Report on sanitation, dispensaries, and jails in Rajputana for 1912, and on vaccination for the year 1912-1913 - 1912-1913
Year: 1912
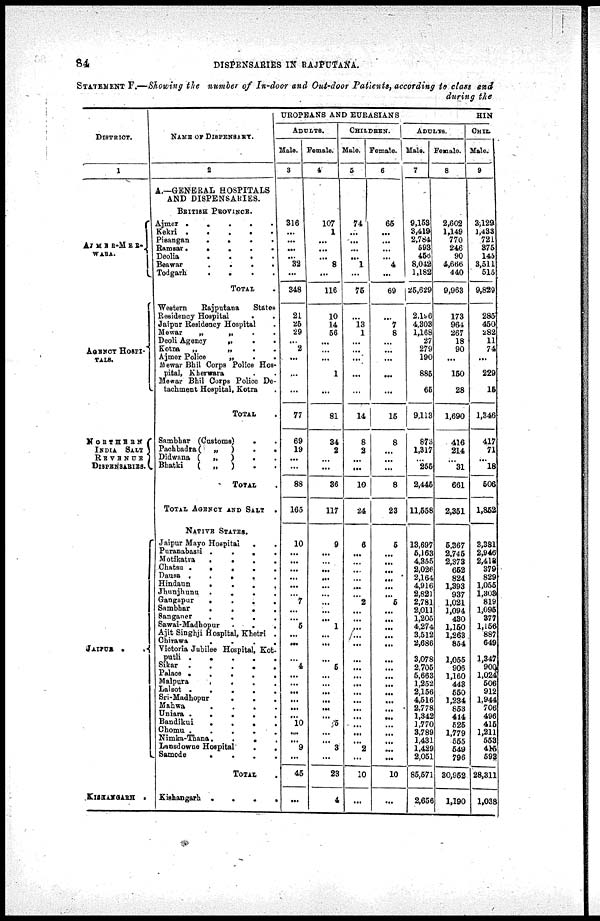
84
DISPENSARIES IN RAJPUTANA.
STATEMENT F.—Showing the number of In-door and Out-door Patients, according to class and
during the
DISTRICT.
1
AJMER-MER¬
WARA.
AGENCY HOSPI¬
TALS.
NORTHERN
INDIA SALT
REVENUE
DISPENSARIES.
JAIPUR .
.
KISHANGARH .
NAME OF DISPENSARY.
2
A.—GENERAL HOSPITALS
AND DISPENSARIES.
BRITISH PROVINCE.
Ajmer . . . . .
Kekri . . . . .
Pisangan
.
.
.
.
Ramsar . . . . .
Deolia . . . .
Beawar . . . .
Todgarh
.
.
.
.
TOTAL .
Western
Rajpntana
States
Residency Hospital . .
Jaipur Residency Hospital .
Mewar
„
„
.
.
Deoli Agency
„
. .
Kotra
„
„
.
.
Ajmer Police
„
.
.
Mewar Bhil Corps Police Hos-
pital, Kherwara . .
Mewar Bhil Corps Police De-
tachment Hospital, Kotra .
TOTAL .
Sambhar (Customs)
.
.
Pachbadra(
„
)
.
.
Didwana (
„
) . .
Bhatki
( „ ) . .
TOTAL .
TOTAL AGENCY AND SALT
.
NATIVE STATES.
Jaipur Mayo Hospital . .
Puranabasti .
.
.
.
Motikatra
.
.
.
.
Chatsu .
.
.
.
.
Dausa .
.
.
.
.
Hindaun
.
.
.
.
Jhunjhunu
.
.
.
.
Gangapur
.
.
.
.
Sambhar
.
.
.
.
Sanganer
.
.
.
.
Sawai-Madhopur
.
.
.
Ajit Singhji Hospital, Khetri .
Chirawa
.
.
.
.
Victoria Jubilee Hospital, Kot¬
patli .
.
.
.
.
Sikar .
.
.
.
.
Palace .
.
.
.
.
Malpura
.
.
.
.
Lalsot .
.
.
.
.
Sri-Madhopur
. . .
Mahwa
.
.
.
.
Uniara .
.
.
.
.
Bandikui
.
.
.
.
Chomu .
.
.
.
.
Nimka-Thana.
.
.
.
Lansdowne Hospital
.
.
Samode
.
.
.
.
TOTAL .
Kishangarh .
.
.
.
UROPEANS AND EURASIANS
ADULTS.
Male.
3
316
...
...
...
...
32
...
348
21
25
29
...
2
...
...
...
77
69
19
...
...
88
165
10
...
...
...
...
...
...
7
...
...
5
...
...
...
4
...
...
...
...
...
...
10
...
...
9
...
45
...
Female.
4
107
1
...
...
...
8
...
116
10
14
56
...
...
...
1
...
81
34
2
...
...
36
117
9
...
...
...
...
...
...
...
...
...
1
...
...
...
5
...
...
...
...
...
...
5
...
...
3
...
28
4
CHILDREN.
Male.
5
74
...
...
...
...
1
...
75
...
13
1
...
...
...
...
...
14
8
2
...
...
10
24
6
...
...
...
...
...
...
2
...
...
...
...
...
...
...
...
...
...
...
...
...
...
...
...
2
...
10
...
Female.
6
65
...
...
...
...
4
...
69
...
7
8
...
...
...
...
...
15
8
...
...
...
8
23
5
...
...
...
...
...
...
5
...
...
...
...
...
...
...
...
...
...
...
...
...
...
...
...
...
...
10
...
HIN
ADULTS.
Male.
7
9,153
3,419
2,784
593
456
8,012
1,182
25,629
2,196
4,303
1,168
27
279
190
885
65
9,113
873
1,317
...
255
2,445
11,558
13,697
5,163
4,355
2,026
2,164
4,916
2,821
2,781
2,011
1,205
4,274
3,512
2,686
3,078
2,705
5,663
1,252
2,156
4,516
2,778
1,342
1,770
3,789
1,431
1,429
2,051
85,671
2,656
Female.
8
2,602
1,149
770
246
90
4,666
440
9,963
173
964
267
18
90
...
150
28
1,690
416
214
...
31
661
2,351
5,367
2,745
2,373
652
824
1,393
937
1,021
1,094
430
1,150
1,263
854
1,055
906
1,160
443
550
1,234
853
444
525
1,779
555
549
796
30,952
1,190
CHIL
Male.
9
3,129
1,433
721
375
145
3,511
515
9,829
285
450
282
11
74
...
229
15
1,346
417
71
...
18
506
1,852
3,381
2,946
2,413
379
829
1,055
1,303
819
1,095
377
1,156
887
649
1,347
900
1,024
506
912
1,944
706
496
415
1,211
553
415
593
28,311
1,038